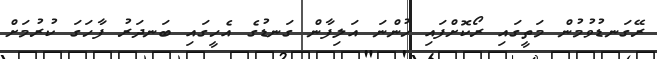
ރޭގަނޑުވުމުން މަތީގައި ރޯކޮށްފައި ހުންނަ އަލިފާން ގަނޑުގެ އެހީގައި ބަނދަރު ފާހަގަ ކުރުމަށް